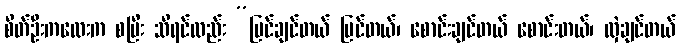
စိတ်ဦးကလေးက စပြီး သိရင်လည်း “ပြင်ချင်တယ် ပြင်တယ်၊ စောင်းချင်တယ် စောင်းတယ်၊ လှဲချင်တယ်